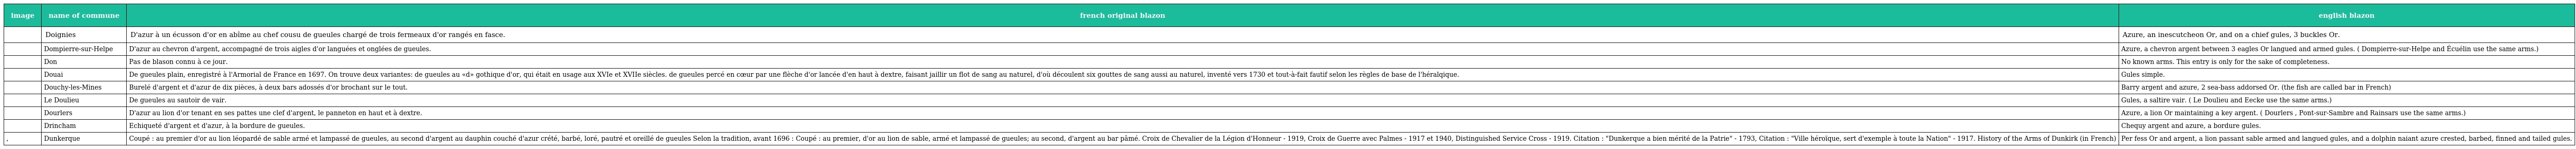
| image | name of commune | french original blazon | english blazon |
 | --- | --- | --- | --- |
 |  | Doignies | D'azur à un écusson d'or en abîme au chef cousu de gueules chargé de trois fermeaux d'or rangés en fasce. | Azure, an inescutcheon Or, and on a chief gules, 3 buckles Or. |
 |  | Dompierre-sur-Helpe | D'azur au chevron d'argent, accompagné de trois aigles d'or languées et onglées de gueules. | Azure, a chevron argent between 3 eagles Or langued and armed gules. ( Dompierre-sur-Helpe and Écuélin use the same arms.) |
 |  | Don | Pas de blason connu à ce jour. | No known arms. This entry is only for the sake of completeness. |
 |  | Douai | De gueules plain, enregistré à l'Armorial de France en 1697. On trouve deux variantes: de gueules au «d» gothique d'or, qui était en usage aux XVIe et XVIIe siècles. de gueules percé en cœur par une flèche d'or lancée d'en haut à dextre, faisant jaillir un flot de sang au naturel, d'où découlent six gouttes de sang aussi au naturel, inventé vers 1730 et tout-à-fait fautif selon les règles de base de l'héralqique. | Gules simple. |
 |  | Douchy-les-Mines | Burelé d'argent et d'azur de dix pièces, à deux bars adossés d'or brochant sur le tout. | Barry argent and azure, 2 sea-bass addorsed Or. (the fish are called bar in French) |
 |  | Le Doulieu | De gueules au sautoir de vair. | Gules, a saltire vair. ( Le Doulieu and Eecke use the same arms.) |
 |  | Dourlers | D'azur au lion d'or tenant en ses pattes une clef d'argent, le panneton en haut et à dextre. | Azure, a lion Or maintaining a key argent. ( Dourlers , Pont-sur-Sambre and Rainsars use the same arms.) |
 |  | Drincham | Echiqueté d'argent et d'azur, à la bordure de gueules. | Chequy argent and azure, a bordure gules. |
 | , | Dunkerque | Coupé : au premier d'or au lion léopardé de sable armé et lampassé de gueules, au second d'argent au dauphin couché d'azur crété, barbé, loré, pautré et oreillé de gueules Selon la tradition, avant 1696 : Coupé : au premier, d'or au lion de sable, armé et lampassé de gueules; au second, d'argent au bar pâmé. Croix de Chevalier de la Légion d'Honneur - 1919, Croix de Guerre avec Palmes - 1917 et 1940, Distinguished Service Cross - 1919. Citation : "Dunkerque a bien mérité de la Patrie" - 1793, Citation : "Ville héroïque, sert d'exemple à toute la Nation" - 1917. History of the Arms of Dunkirk (in French) | Per fess Or and argent, a lion passant sable armed and langued gules, and a dolphin naiant azure crested, barbed, finned and tailed gules. |